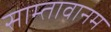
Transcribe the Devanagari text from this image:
साम्तावानम